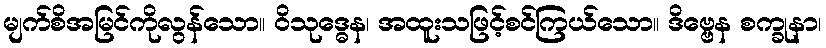
မျက်စိအမြင်ကိုလွန်သော။ ဝိသုဒ္ဓေန၊ အထူးသဖြင့်စင်ကြယ်သော။ ဒိဗ္ဗေန စက္ခုနာ၊